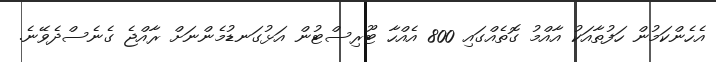
އެހެންކަމުން ހަފުތާއަކު އާއްމު ގޮތެއްގައި 800 އެއްހާ ޓޫރިސްޓުން އަޅުގަނޑުމެންނަށް ރާއްޖެ ގެނެސްދެވޭނެ.